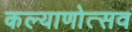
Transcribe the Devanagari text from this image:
कल्याणोत्सव